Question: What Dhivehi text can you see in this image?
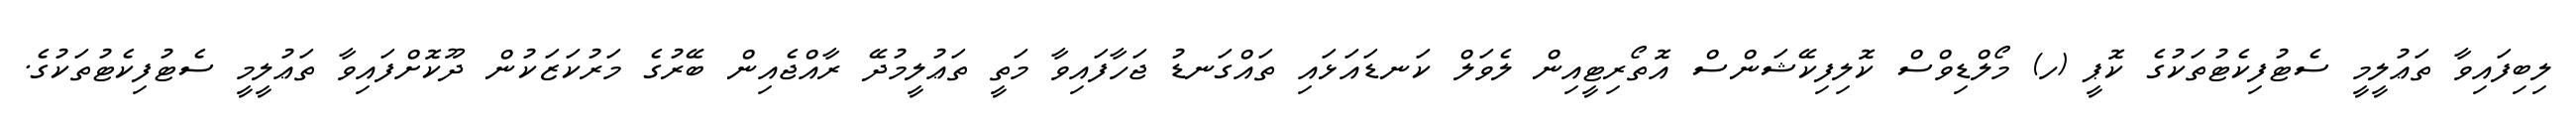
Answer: ލިބިފައިވާ ތަޢުލީމީ ސެޓުފިކެޓުތަކުގެ ކޮޕީ (ހ) މޯލްޑިވްސް ކޮލިފިކޭޝަންސް އޮތޯރިޓީއިން ލެވަލް ކަނޑައަޅައި ތައްގަނޑު ޖަހާފައިވާ މަތީ ތަޢުލީމުދޭ ރާއްޖެއިން ބޭރުގެ މަރުކަޒަކުން ދޫކޮށްފައިވާ ތަޢުލީމީ ސެޓުފިކެޓުތަކުގެ.